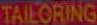
TAILORING